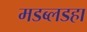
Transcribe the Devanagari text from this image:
मडब्लडहा